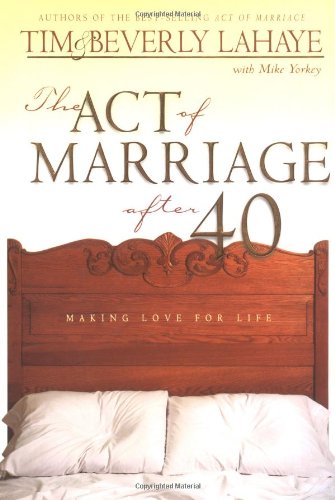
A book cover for Act of Marriage After 40, The; Tim LaHaye; Self-Help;